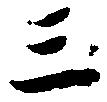
三